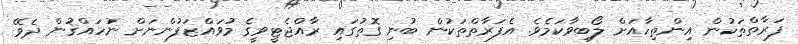
ފަރާތްތަކުން އިންތިހާއަށް ލޯބިވާކަމެވެ. އެފަރާތްތަކުން ބުނި ގޮތުގައި ރާއްޖެޓީވީގެ މުވައްޒަފުންނަށް ނުހައްޤުން ދެވޭ